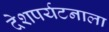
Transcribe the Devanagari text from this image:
देशपर्यटनाला